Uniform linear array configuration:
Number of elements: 8
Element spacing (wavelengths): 1
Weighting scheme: blackman
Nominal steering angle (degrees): -45
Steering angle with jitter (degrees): -46.975
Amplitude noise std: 0.05
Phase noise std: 0.05

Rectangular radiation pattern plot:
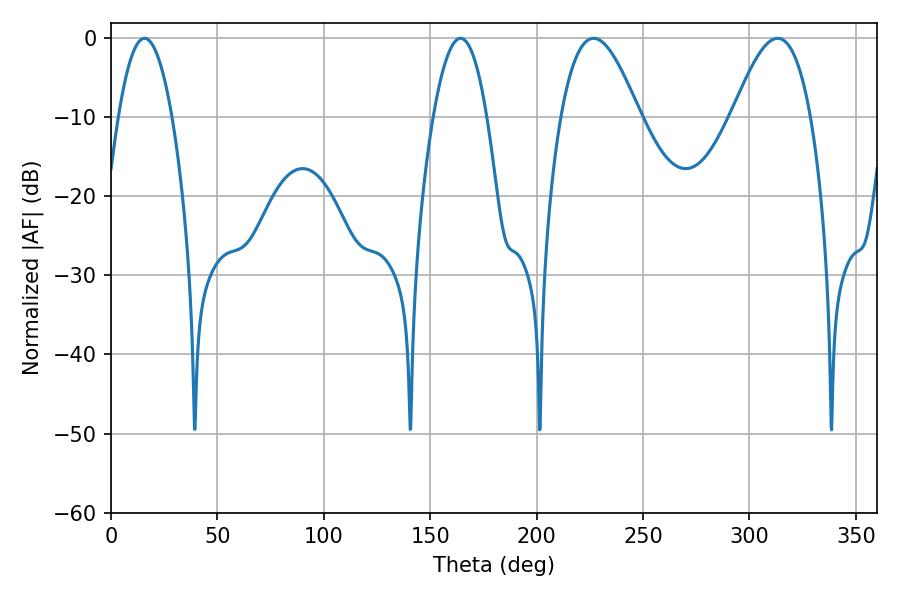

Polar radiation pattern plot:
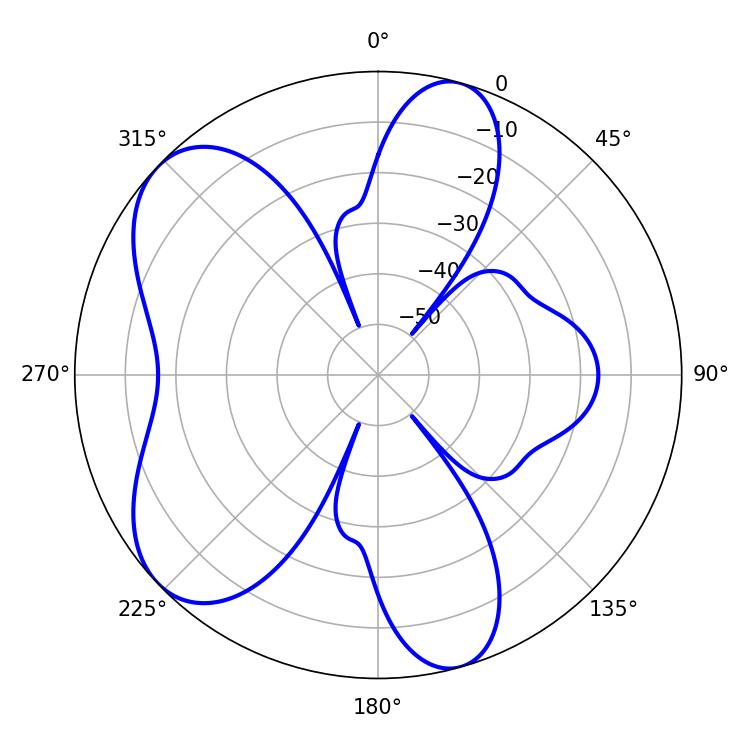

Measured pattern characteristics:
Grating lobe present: TRUE
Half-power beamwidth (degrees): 19.98
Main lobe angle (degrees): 226.8